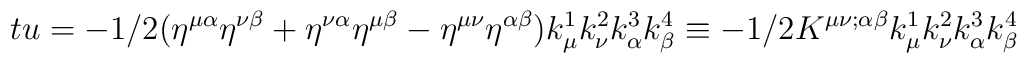
t u=-1/2 (\eta^{\mu \alpha}\eta^{\nu\beta}+ \eta^{\nu\alpha} \eta^{\mu \beta}- \eta^{\mu \nu}\eta^{\alpha\beta})k^1_\mu k^2_\nu k^3_\alpha k^4_\beta \equiv-1/2K^{\mu \nu;\alpha\beta} k^1_\mu k^2_\nu k^3_\alpha k^4_\beta